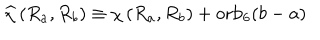
\widehat { \chi } \left( R _ { a } , R _ { b } \right) \equiv \chi \left( R _ { a } , R _ { b } \right) + \mathrm { o r b } _ { 6 } ( b - a )